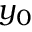
y _ { 0 }